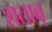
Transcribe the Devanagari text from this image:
शताब्